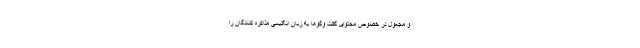
و مجعول در خصوص محتوای گفت ‌وگوها به زبان انگلیسی مذاکره کنندگان را